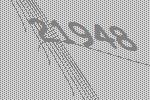
21948